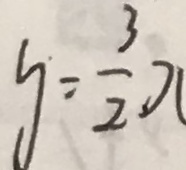
y = \frac { 3 } { 2 } x